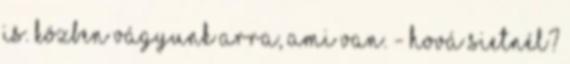
is. Közben Vágyunk arra, ami van. - Hová sietnél?